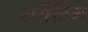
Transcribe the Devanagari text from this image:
स्पीटिंग